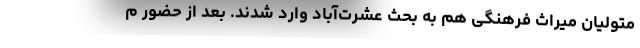
متولیان میراث فرهنگی هم به بحث عشرت‌آباد وارد شدند. بعد از حضور م